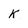
Character: k